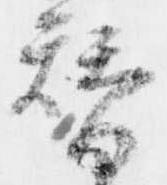
替